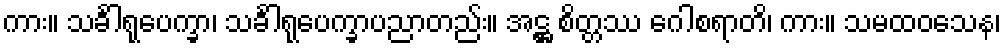
ကား။ သင်္ခါရုပေက္ခာ၊ သင်္ခါရုပေက္ခာပညာတည်း။ အဋ္ဌ စိတ္တဿ ဂေါစရာတိ၊ ကား။ သမထဝသေန၊